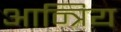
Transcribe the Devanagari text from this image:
आन्त्रिय